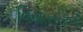
વિમાનવાળી